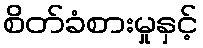
စိတ်ခံစားမှုနှင့်